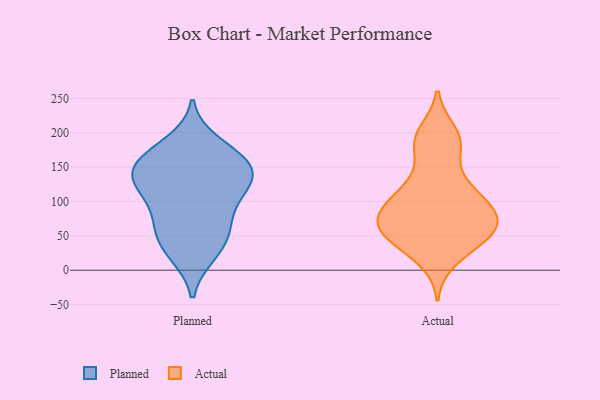
{"axis": {"x": "Active Users", "y": "Value"}, "legend": ["Actual", "Planned"], "data": [{"x": "", "y": 151, "type": "Planned"}, {"x": "", "y": 70, "type": "Planned"}, {"x": "", "y": 126, "type": "Planned"}, {"x": "", "y": 111, "type": "Planned"}, {"x": "", "y": 130, "type": "Planned"}, {"x": "", "y": 29, "type": "Planned"}, {"x": "", "y": 24, "type": "Planned"}, {"x": "", "y": 150, "type": "Planned"}, {"x": "", "y": 137, "type": "Planned"}, {"x": "", "y": 60, "type": "Planned"}, {"x": "", "y": 57, "type": "Planned"}, {"x": "", "y": 105, "type": "Planned"}, {"x": "", "y": 166, "type": "Planned"}, {"x": "", "y": 184, "type": "Planned"}, {"x": "", "y": 162, "type": "Planned"}, {"x": "", "y": 39, "type": "Actual"}, {"x": "", "y": 104, "type": "Actual"}, {"x": "", "y": 182, "type": "Actual"}, {"x": "", "y": 184, "type": "Actual"}, {"x": "", "y": 51, "type": "Actual"}, {"x": "", "y": 16, "type": "Actual"}, {"x": "", "y": 75, "type": "Actual"}, {"x": "", "y": 43, "type": "Actual"}, {"x": "", "y": 84, "type": "Actual"}, {"x": "", "y": 75, "type": "Actual"}, {"x": "", "y": 120, "type": "Actual"}, {"x": "", "y": 61, "type": "Actual"}, {"x": "", "y": 69, "type": "Actual"}, {"x": "", "y": 189, "type": "Actual"}, {"x": "", "y": 200, "type": "Actual"}, {"x": "", "y": 90, "type": "Actual"}, {"x": "", "y": 131, "type": "Actual"}, {"x": "", "y": 74, "type": "Actual"}, {"x": "", "y": 111, "type": "Actual"}, {"x": "", "y": 48, "type": "Actual"}]}